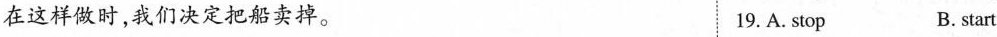
在这样做时,我们决定把船卖掉. 19. A. stop B.start